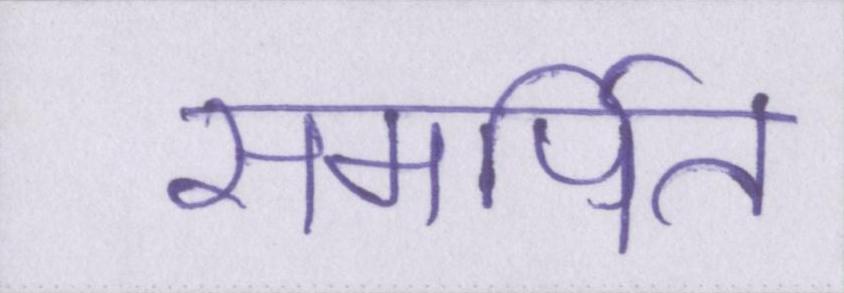
समर्पित